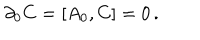
\partial _ { 0 } C = [ A _ { 0 } , C ] = 0 \, .